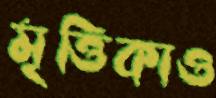
মৃত্তিকাও